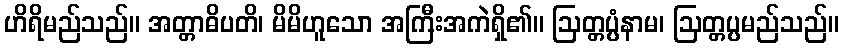
ဟိရိမည်သည်။ အတ္တာဓိပတိ၊ မိမိဟူသော အကြီးအကဲရှိ၏။ ဩတ္တပ္ပံနာမ၊ ဩတ္တပ္ပမည်သည်။